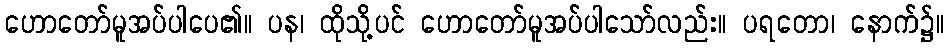
ဟောတော်မူအပ်ပါပေ၏။ ပန၊ ထိုသို့ပင် ဟောတော်မူအပ်ပါသော်လည်း။ ပရတော၊ နောက်၌။